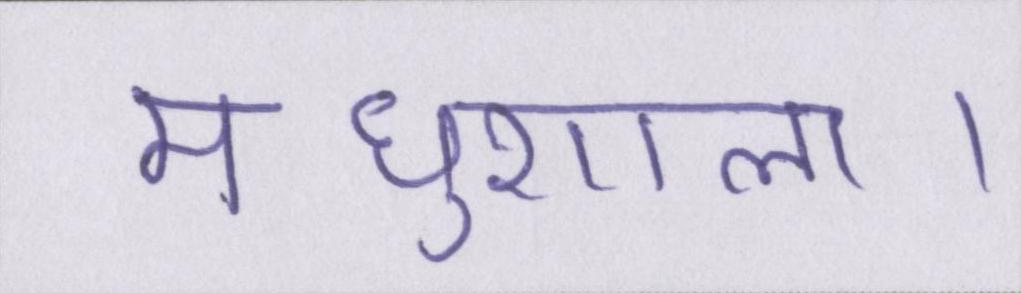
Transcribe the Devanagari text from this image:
मधुशाला।